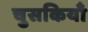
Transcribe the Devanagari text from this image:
चुसकियाँ